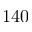
1 4 0